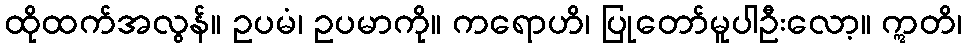
ထိုထက်အလွန်။ ဥပမံ၊ ဥပမာကို။ ကရောဟိ၊ ပြုတော်မူပါဦးလော့။ ဣတိ၊